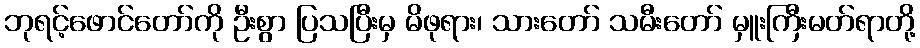
ဘုရင့်ဖောင်တော်ကို ဦးစွာ ပြသပြီးမှ မိဖုရား၊ သားတော် သမီးတော် မှူးကြီးမတ်ရာတို့